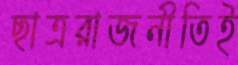
ছাত্ররাজনীতিই